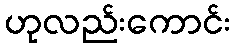
ဟုလည်းကောင်း